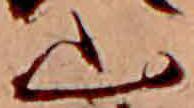
山